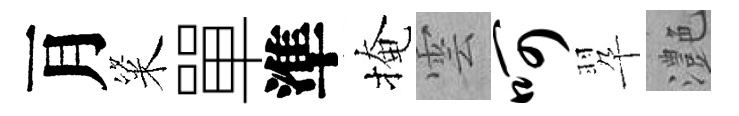
月粢單準掩雲呵翆灔